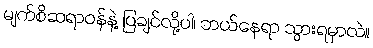
မျက်စိဆရာဝန်နဲ့ ပြချင်လို့ပါ၊ ဘယ်နေရာ သွားရမှာလဲ။